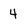
Character: 4